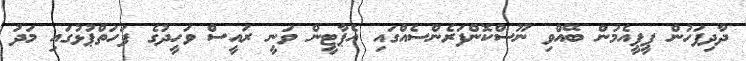
ދާދިފަހުން ޕީޕީއެމުން ބޭއްވި ނޫސްކޮންފަރެންސެއްގައި އެޕާޓީން ވަނީ ރައީސް ވަހީދުގެ ފަހަތްޕުޅުގައި މަދު